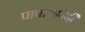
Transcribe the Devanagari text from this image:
पाषाणभेदी